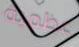
عظمية